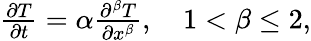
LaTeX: \begin{array}{r}{\frac{\partial T}{\partial t}=\alpha\frac{\partial^{\beta}T}{\partial x^{\beta}},\quad 1<\beta\leq 2,}\end{array}